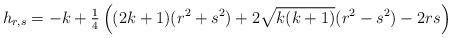
LaTeX: \begin{align*}h_{r,s} = -k + {\textstyle \frac{1}{4}}\left((2k+1)(r^2+s^2) + 2 \sqrt{k(k+1)}(r^2-s^2) - 2rs\right)\end{align*}